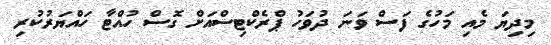
މިދިޔަ މެއި މަހުގެ ފަސް ވަނަ ދުވަހު ޕްރެކްޓިސްއަށް ގޮސް ހުއްޓާ ހައްޔަރުކުރި